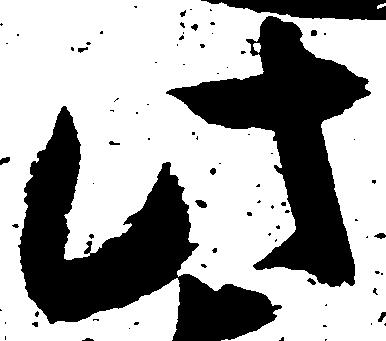
此